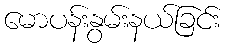
မောပန်းနွမ်းနယ်ခြင်း